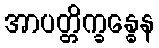
အာပတ္တိက္ခန္ဓေန